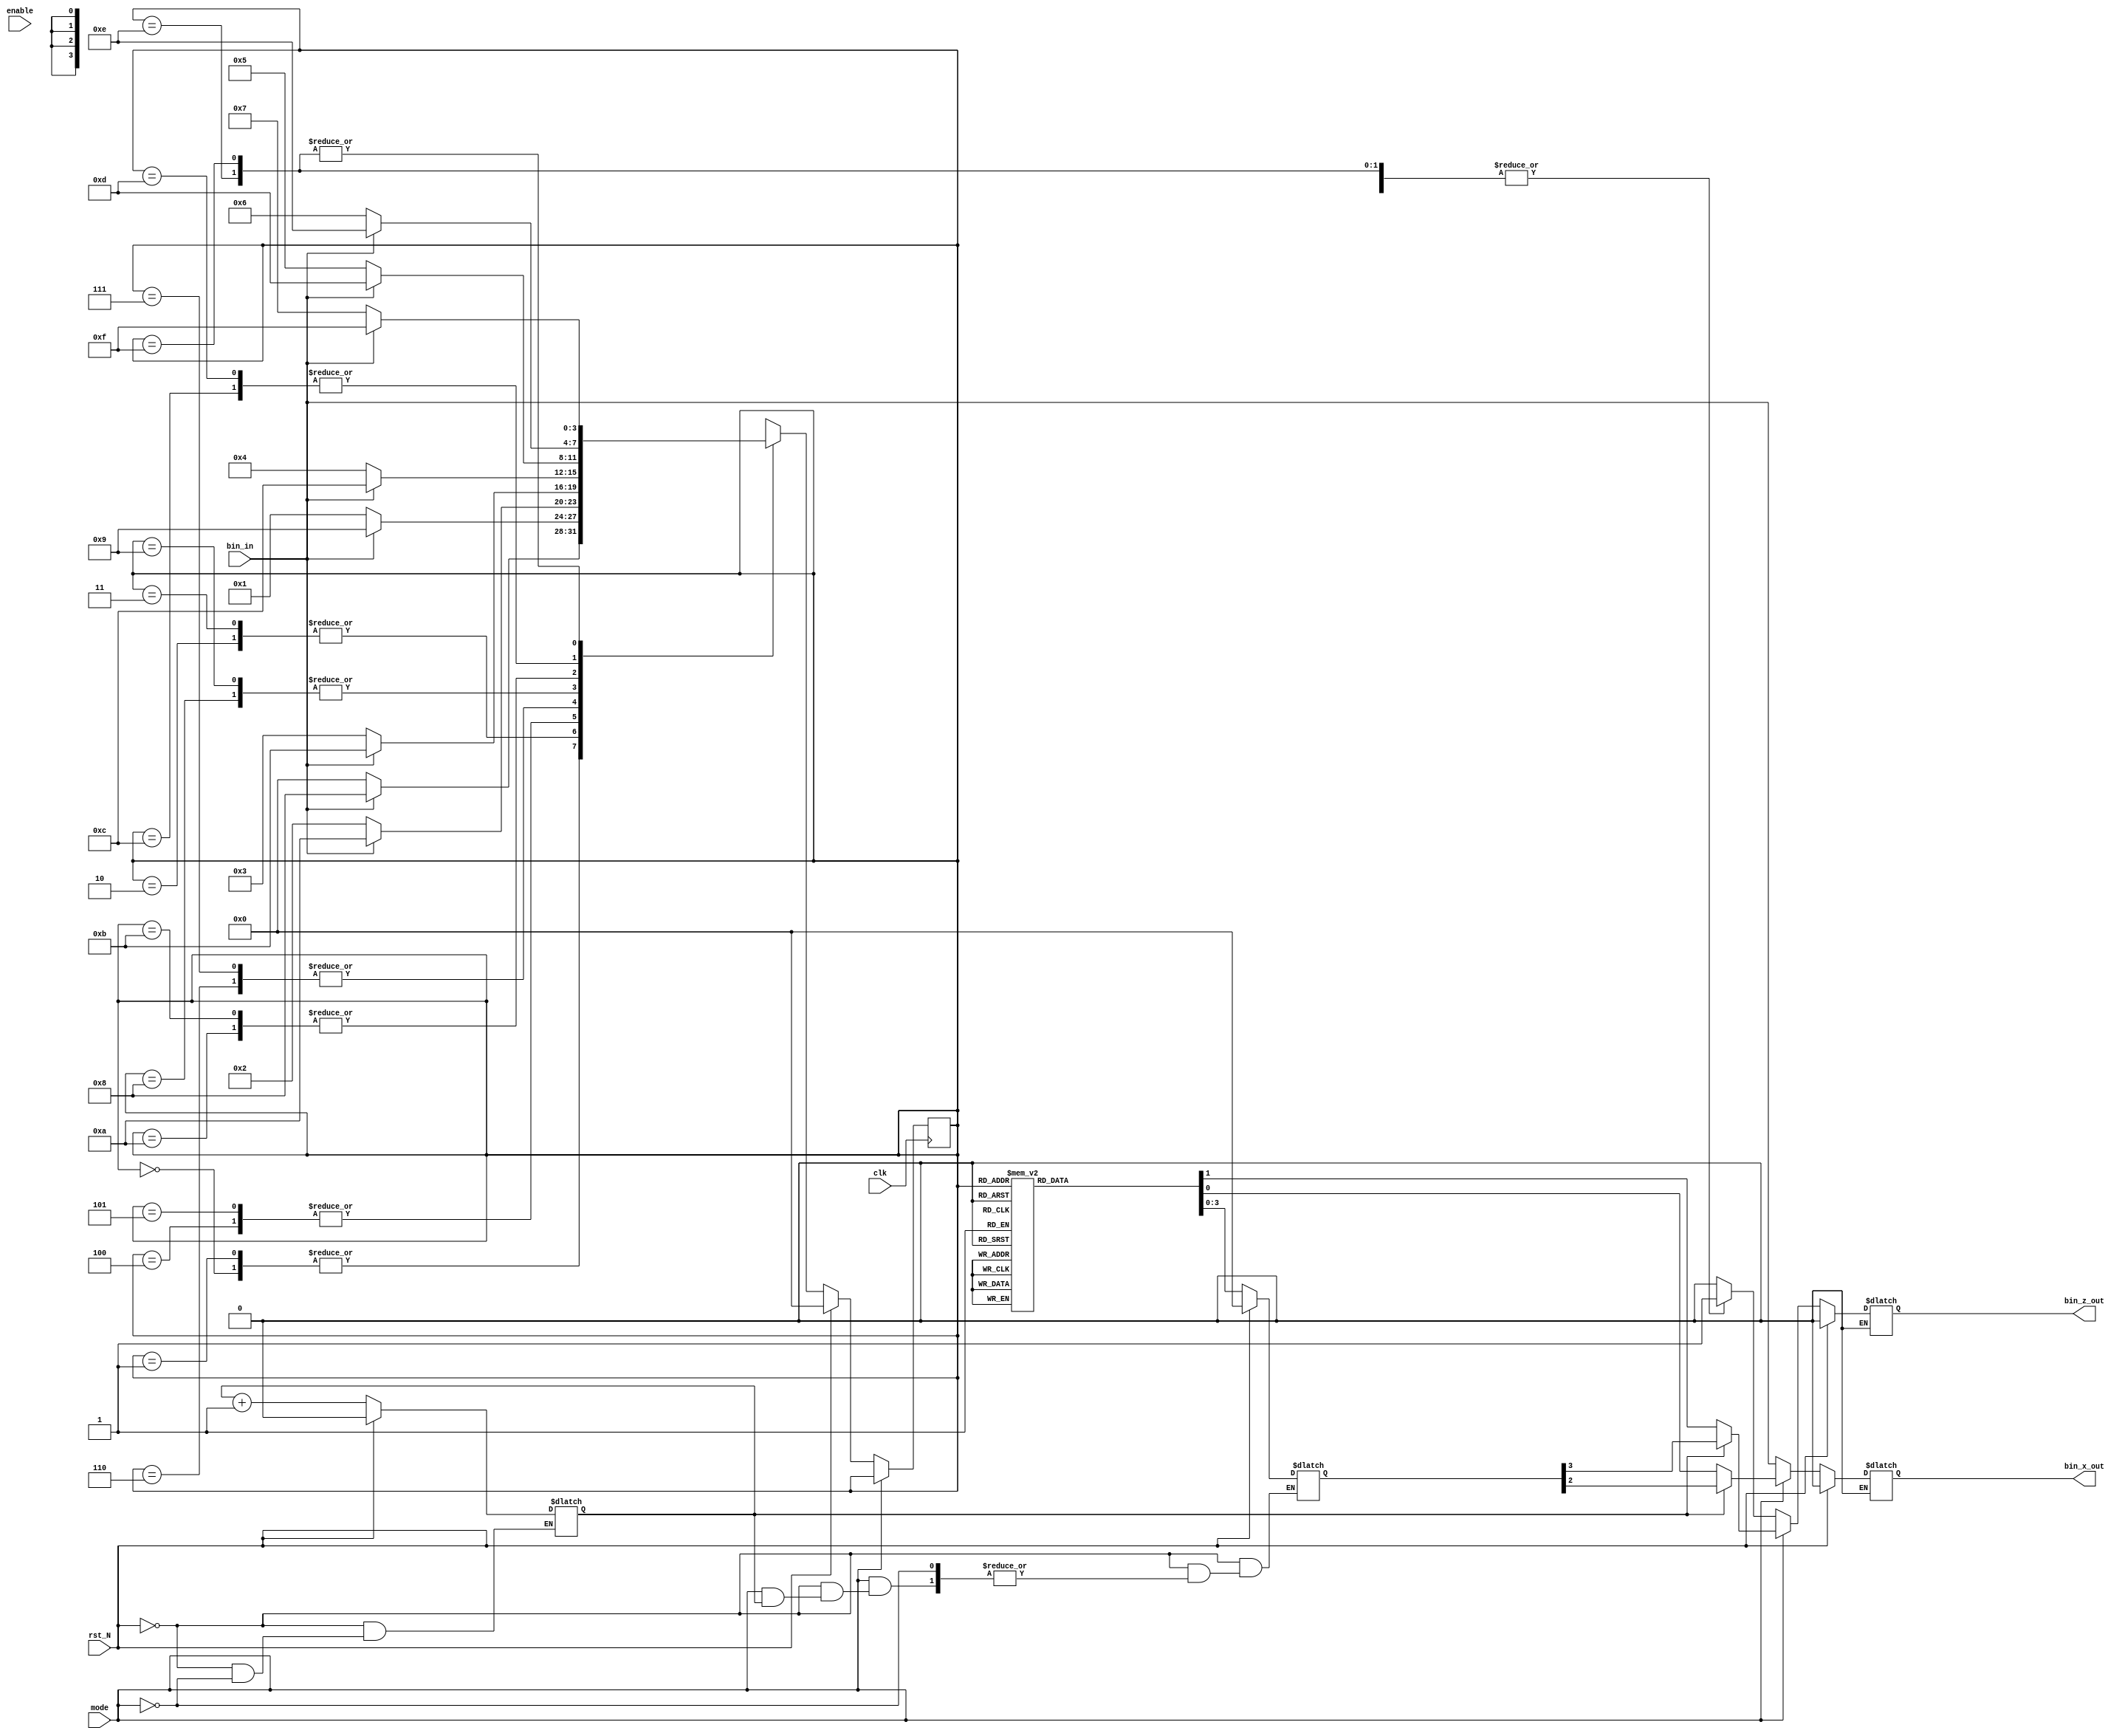
// RSC Block
`timescale 1 ns / 1 ns

module rsc(clk, bin_in, bin_x_out, bin_z_out, enable, rst_N, mode);
   //ADDED mode as input in order to indicate transmission bits
   input clk, bin_in, enable, rst_N,mode;
   output bin_x_out, bin_z_out;

   wire   clk, bin_in, rst_N;   // 1-bit wide
   wire   bin_x_out, bin_z_out;       // 1-bit wide

   reg [3:0] thisState;
   reg [3:0] nextState;
   reg       count = 2'd0;
   reg       tmp_x_out;
   reg       tmp_out;
   reg [5:0] tmp_tail_out;

   localparam STATE_0 = 4'd0,
      STATE_1  = 4'd1,
      STATE_2  = 4'd2,
      STATE_3  = 4'd3,
      STATE_4  = 4'd4,
      STATE_5  = 4'd5,
      STATE_6  = 4'd6,
      STATE_7  = 4'd7,
      STATE_8  = 4'd8,
      STATE_9  = 4'd9,
      STATE_10 = 4'd10,
      STATE_11 = 4'd11,
      STATE_12 = 4'd12,
      STATE_13 = 4'd13,
      STATE_14 = 4'd14,
      STATE_15 = 4'd15;


   always @(posedge clk) begin
      //in termination, no change in state
      if (~mode)
         thisState <= nextState;
   end

   always @(thisState or rst_N or mode or enable) begin
      nextState = 4'dx;
      if (rst_N) begin
         nextState = STATE_0;
         tmp_x_out = 1'b0;
         tmp_out = 1'b0;
         tmp_tail_out = 6'd0;
         count = 2'd0;
      end
      else begin
         if (~mode) begin
            tmp_x_out = bin_in;
            case(thisState)
               STATE_0 : begin    // 0 0 0 0
                  tmp_out = 1'b0;
                  if(bin_in == 1'b0) begin
                     nextState = STATE_0; // 0 0 0 0
                  end
                  else
                     begin
                        nextState = STATE_8; // 1 0 0 0
                     end
               end
               STATE_1 : begin  // 0 0 0 1.
                  tmp_out = 1'b0;
                  if(bin_in == 1'b0) begin
                     nextState = STATE_0; // 0 0 0 0
                  end
                  else begin
                     nextState = STATE_8; // 1 0 0 0
                  end
               end
               STATE_2 : begin    // 0 0 1 0
                  tmp_out = 1'b1;
                  if(bin_in == 1'b0) begin
                     nextState = STATE_1; // 0 0 0 1

                  end
                  else begin
                     nextState = STATE_9; // 1 0 0 1
                  end
               end
               STATE_3 : begin // 0 0 1 1
                  tmp_out = 1'b1;
                  if(bin_in == 1'b0) begin
                     nextState = STATE_1; // 0 0 0 1
                  end
                  else begin
                     nextState = STATE_9; // 1 0 0 1
                  end
               end
               STATE_4 : begin // 0 1 0 0
                  tmp_out = 1'b1;
                  if(bin_in == 1'b0) begin
                     nextState = STATE_2; // 0 0 1 0
                  end
                  else begin
                     nextState = STATE_10; // 1 0 1 0
                  end
               end
               STATE_5 : begin // 0 1 0 1
                  tmp_out = 1'b1;
                  if(bin_in == 1'b0) begin
                     nextState = STATE_2; // 0 0 1 0
                  end
                  else begin
                     nextState = STATE_10; // 1 0 1 0
                  end
               end
               STATE_6 : begin // 0 1 1 0
                  tmp_out = 1'b0;
                  if(bin_in == 1'b0) begin
                     nextState = STATE_3; // 0 0 1 1
                  end
                  else begin
                     nextState = STATE_11; // 1 0 1 1
                  end
               end
               STATE_7 : begin // 0 1 1 1
                  tmp_out = 1'b0;
                  if(bin_in == 1'b0) begin
                     nextState = STATE_3; // 0 0 1 1
                  end
                  else begin
                     nextState = STATE_11; // 1 0 1 1
                  end
               end
               STATE_8 : begin  // 1 0 0 0
                  tmp_out = 1'b1;
                  if(bin_in == 1'b0) begin
                     nextState = STATE_4; // 0 1 0 0
                  end
                  else begin
                     nextState = STATE_12; // 1 1 0 0
                  end
               end
               STATE_9 : begin // 1 0 0 1
                  tmp_out = 1'b1;
                  if(bin_in == 1'b0) begin
                     nextState = STATE_4; // 0 1 0 0
                  end
                  else begin
                     nextState = STATE_12; // 1 1 0 0
                  end
               end
               STATE_10 : begin // 1 0 1 0
                  tmp_out = 1'b0;
                  if(bin_in == 1'b0) begin
                     nextState = STATE_5; // 0 1 0 1
                  end
                  else begin
                     nextState = STATE_13; // 1 1 0 1
                  end
               end
               STATE_11 : begin // 1 0 1 1
                  tmp_out = 1'b0;
                  if(bin_in == 1'b0) begin
                     nextState = STATE_5; // 0 1 0 1
                  end
                  else begin
                     nextState = STATE_13; // 1 1 0 1
                  end
               end
               STATE_12 : begin // 1 1 0 0
                  tmp_out = 1'b0;
                  if(bin_in == 1'b0) begin
                     nextState = STATE_6;  // 0 1 1 0
                  end
                  else begin
                     nextState = STATE_14; // 1 1 1 0
                  end
               end
               STATE_13 : begin // 1 1 0 1
                  tmp_out = 1'b0;
                  if(bin_in == 1'b0) begin
                     nextState = STATE_6; // 0 1 1 0
                  end
                  else begin
                     nextState = STATE_14; // 1 1 1 0
                  end
               end
               STATE_14 : begin // 1 1 1 0
                  tmp_out = 1'b1;
                  if(bin_in == 1'b0) begin
                     nextState = STATE_7; // 0 1 1 1
                  end
                  else begin
                     nextState = STATE_15; // 1 1 1 1
                  end
               end
               STATE_15 : begin // 1 1 1 1
                  tmp_out = 1'b1;
                  if(bin_in == 1'b0) begin
                     nextState = STATE_7; // 0 1 1 1
                  end
                  else begin
                     nextState = STATE_15; // 1 1 1 1
                  end
               end
            endcase
         end
         else begin
            if (count == 2'd0) begin
               case(thisState)
                  STATE_0 : begin    // 0 0 0 0
                     tmp_tail_out = 6'b000000;
                  end
                  STATE_1 : begin  // 0 0 0 1.
                     tmp_tail_out = 6'b110111;
                  end
                  STATE_2 : begin    // 0 0 1 0
                     tmp_tail_out = 6'b101011;
                  end
                  STATE_3 : begin // 0 0 1 1
                     tmp_tail_out = 6'b011100;
                  end
                  STATE_4 : begin // 0 1 0 0
                     tmp_tail_out = 6'b101100;
                  end
                  STATE_5 : begin // 0 1 0 1
                     tmp_tail_out = 6'b011011;
                  end
                  STATE_6 : begin // 0 1 1 0
                     tmp_tail_out = 6'b000111;
                  end
                  STATE_7 : begin // 0 1 1 1
                     tmp_tail_out = 6'b110000;
                  end
                  STATE_8 : begin  // 1 0 0 0
                     tmp_tail_out = 6'b011011;
                  end
                  STATE_9 : begin // 1 0 0 1
                     tmp_tail_out = 6'b101100;
                  end
                  STATE_10 : begin // 1 0 1 0
                     tmp_tail_out = 6'b110000;
                  end
                  STATE_11 : begin // 1 0 1 1
                     tmp_tail_out = 6'b000111;
                  end
                  STATE_12 : begin // 1 1 0 0
                     tmp_tail_out = 6'b110111;
                  end
                  STATE_13 : begin // 1 1 0 1
                     tmp_tail_out = 6'b000000;
                  end
                  STATE_14 : begin // 1 1 1 0
                     tmp_tail_out = 6'b011100;
                  end
                  STATE_15 : begin // 1 1 1 1
                     tmp_tail_out = 6'b101011;
                  end
               endcase
                  tmp_x_out = tmp_tail_out[0];
                  tmp_out = tmp_tail_out[1];
                  count = count + 1;
            end
            else if (count == 3'd1) begin
                  tmp_x_out = tmp_tail_out[2];
                  tmp_out = tmp_tail_out[3];
                  count = count + 1;
            end
            else if (count == 3'd2)begin
                  tmp_x_out = tmp_tail_out[4];
                  tmp_out = tmp_tail_out[5];
                  count = count + 1;
            end
         end
      end
   end

   assign bin_x_out = tmp_x_out;
   assign bin_z_out = tmp_out;

endmodule